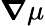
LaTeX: \boldsymbol\nabla\mu